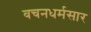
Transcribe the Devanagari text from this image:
वचनधर्मसार